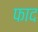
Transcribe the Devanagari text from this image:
फाद